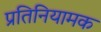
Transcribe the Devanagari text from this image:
प्रतिनियामक